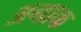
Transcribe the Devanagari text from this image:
अन्ध्रक